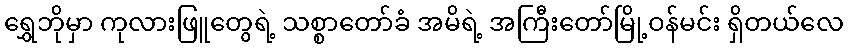
ရွှေဘိုမှာ ကုလားဖြူတွေရဲ့ သစ္စာတော်ခံ အမိရဲ့ အကြီးတော်မြို့ဝန်မင်း ရှိတယ်လေ